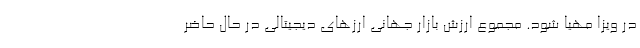
در ویزا مهیا شود. مجموع ارزش بازار جهانی ارز‌های دیجیتالی در حال حاضر